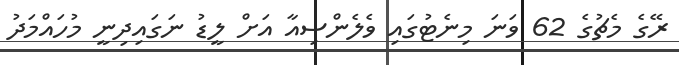
ރޭގެ މެޗުގެ 62 ވަނަ މިނެޓުގައި ވެލެންސިއާ އަށް ލީޑު ނަގައިދިނީ މުހައްމަދު